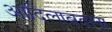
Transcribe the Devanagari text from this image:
आदिलाबदला